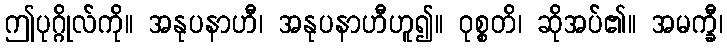
ဤပုဂ္ဂိုလ်ကို။ အနုပနာဟီ၊ အနုပနာဟီဟူ၍။ ဝုစ္စတိ၊ ဆိုအပ်၏။ အမက္ခီ၊